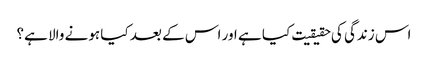
اس زندگی کی حقیقیت کیا ہے اور اس کے بعد کیا ہونے والا ہے؟